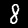
Label: 8